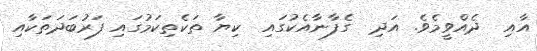
އާއި  ދެއްވީމެވެ. އަދި  ގެފާނާއެކުގައި  ކިޔާ ތަކެތިކަމުގައި ފަރުބަދަތަކާއި